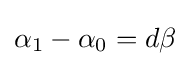
\alpha _{1}-\alpha _{0}=d\beta